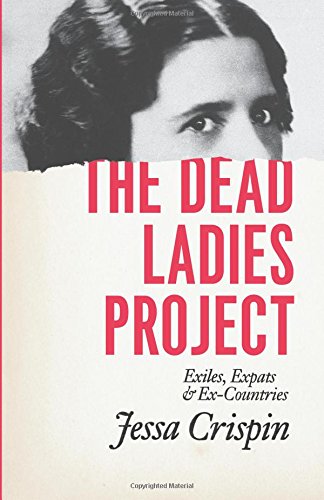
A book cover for The Dead Ladies Project: Exiles, Expats, and Ex-Countries; Jessa Crispin; Literature & Fiction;